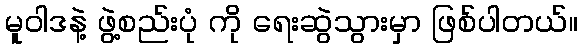
မူဝါဒနဲ့ ဖွဲ့စည်းပုံ ကို ရေးဆွဲသွားမှာ ဖြစ်ပါတယ်။